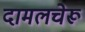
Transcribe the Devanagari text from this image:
दामलचेरू